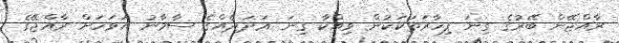
ރާއްޖޭން ބޭރުގެ ގިނަ ފިހާރަތަކަކުން ވިއްކާ ގިނަ ޢަދަދެއްގެ ސާމާނު އަވަހަށް ރާއްޖޭގެ